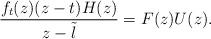
LaTeX: \begin{align*} \frac{f_t(z) (z - t) H(z)}{z - \tilde \l} = F(z) U(z). \end{align*}